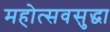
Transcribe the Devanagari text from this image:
महोत्सवसुद्धा